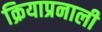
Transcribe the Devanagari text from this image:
क्रियाप्रनाली